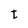
Character: t